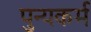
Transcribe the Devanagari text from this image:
पुन्यकर्म